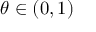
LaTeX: \theta \in ( 0 , 1 )